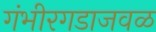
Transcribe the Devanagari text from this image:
गंभीरगडाजवळ